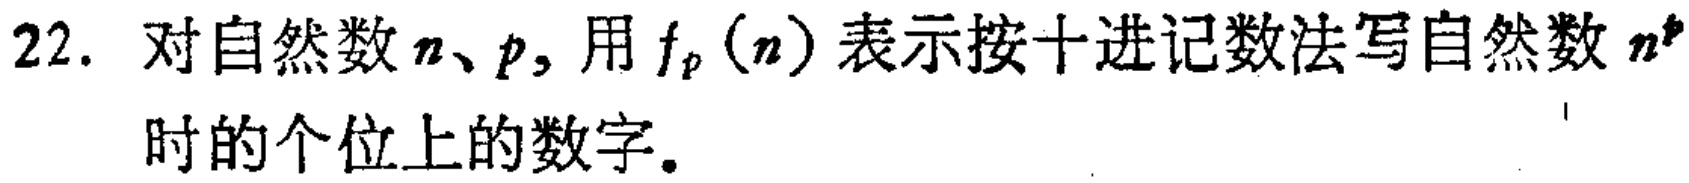
22. 对自然数$n、p,$用$f_{p}(n)$表示按十进记数法写自然数$n^{p}$时的个位上的数字。